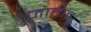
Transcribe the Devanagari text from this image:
जातातः